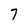
Character: 7